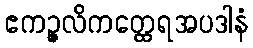
ဧကဉ္ဇလိကတ္ထေရအပဒါနံ